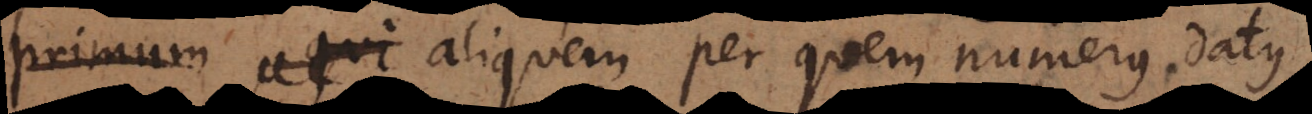
primitivum aliquem per quem numerus datus